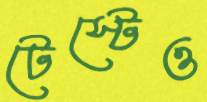
টেস্টেও